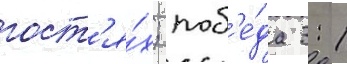
гост'я́х; поб'е́да 3: 1